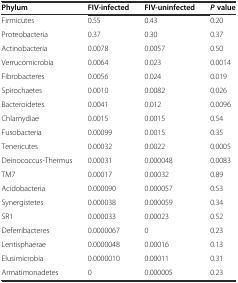
| Phylum | FIV-infected | FIV-uninfected | Pvalue |
 | --- | --- | --- | --- |
 | Firmicutes | 0.55 | 0.43 | 0.20 |
 | Proteobacteria | 0.37 | 0.30 | 0.37 |
 | Actinobacteria | 0.0078 | 0.0057 | 0.50 |
 | Verrucomicrobia | 0.0064 | 0.023 | 0.0014 |
 | Fibrobacteres | 0.0056 | 0.024 | 0.019 |
 | Spirochaetes | 0.0010 | 0.0082 | 0.026 |
 | Bacteroidetes | 0.0041 | 0.012 | 0.0096 |
 | Chlamydiae | 0.0015 | 0.0015 | 0.54 |
 | Fusobacteria | 0.00099 | 0.0015 | 0.35 |
 | Tenericutes | 0.00032 | 0.0022 | 0.0005 |
 | Deinococcus-Thermus | 0.00031 | 0.000048 | 0.0083 |
 | TM7 | 0.00017 | 0.00032 | 0.89 |
 | Acidobacteria | 0.000090 | 0.000057 | 0.53 |
 | Synergistetes | 0.000038 | 0.000059 | 0.34 |
 | SR1 | 0.000033 | 0.00023 | 0.52 |
 | Deferribacteres | 0.0000067 | 0 | 0.23 |
 | Lentisphaerae | 0.0000048 | 0.00016 | 0.13 |
 | Elusimicrobia | 0.0000010 | 0.00011 | 0.31 |
 | Armatimonadetes | 0 | 0.000005 | 0.23 |